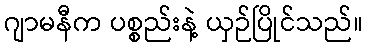
ဂျာမနီက ပစ္စည်းနဲ့ ယှဉ်ပြိုင်သည်။